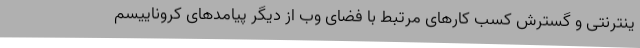
ینترنتی و گسترش کسب کارهای مرتبط با فضای وب از دیگر پیامدهای کروناییسم